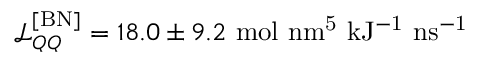
\mathcal { L } _ { Q Q } ^ { \mathrm { [ B N ] } } = 1 8 . 0 \pm 9 . 2 \ \mathrm { m o l \ n m ^ { 5 } \ k J ^ { - 1 } \ n s ^ { - 1 } }